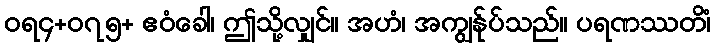
ဝရ၄+၀၇၅+ ဧဝံခေါ၊ ဤသို့လျှင်။ အဟံ၊ အကျွန်ုပ်သည်။ ပရဏဿတိံ၊